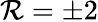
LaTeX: \mathcal{R}=\pm2